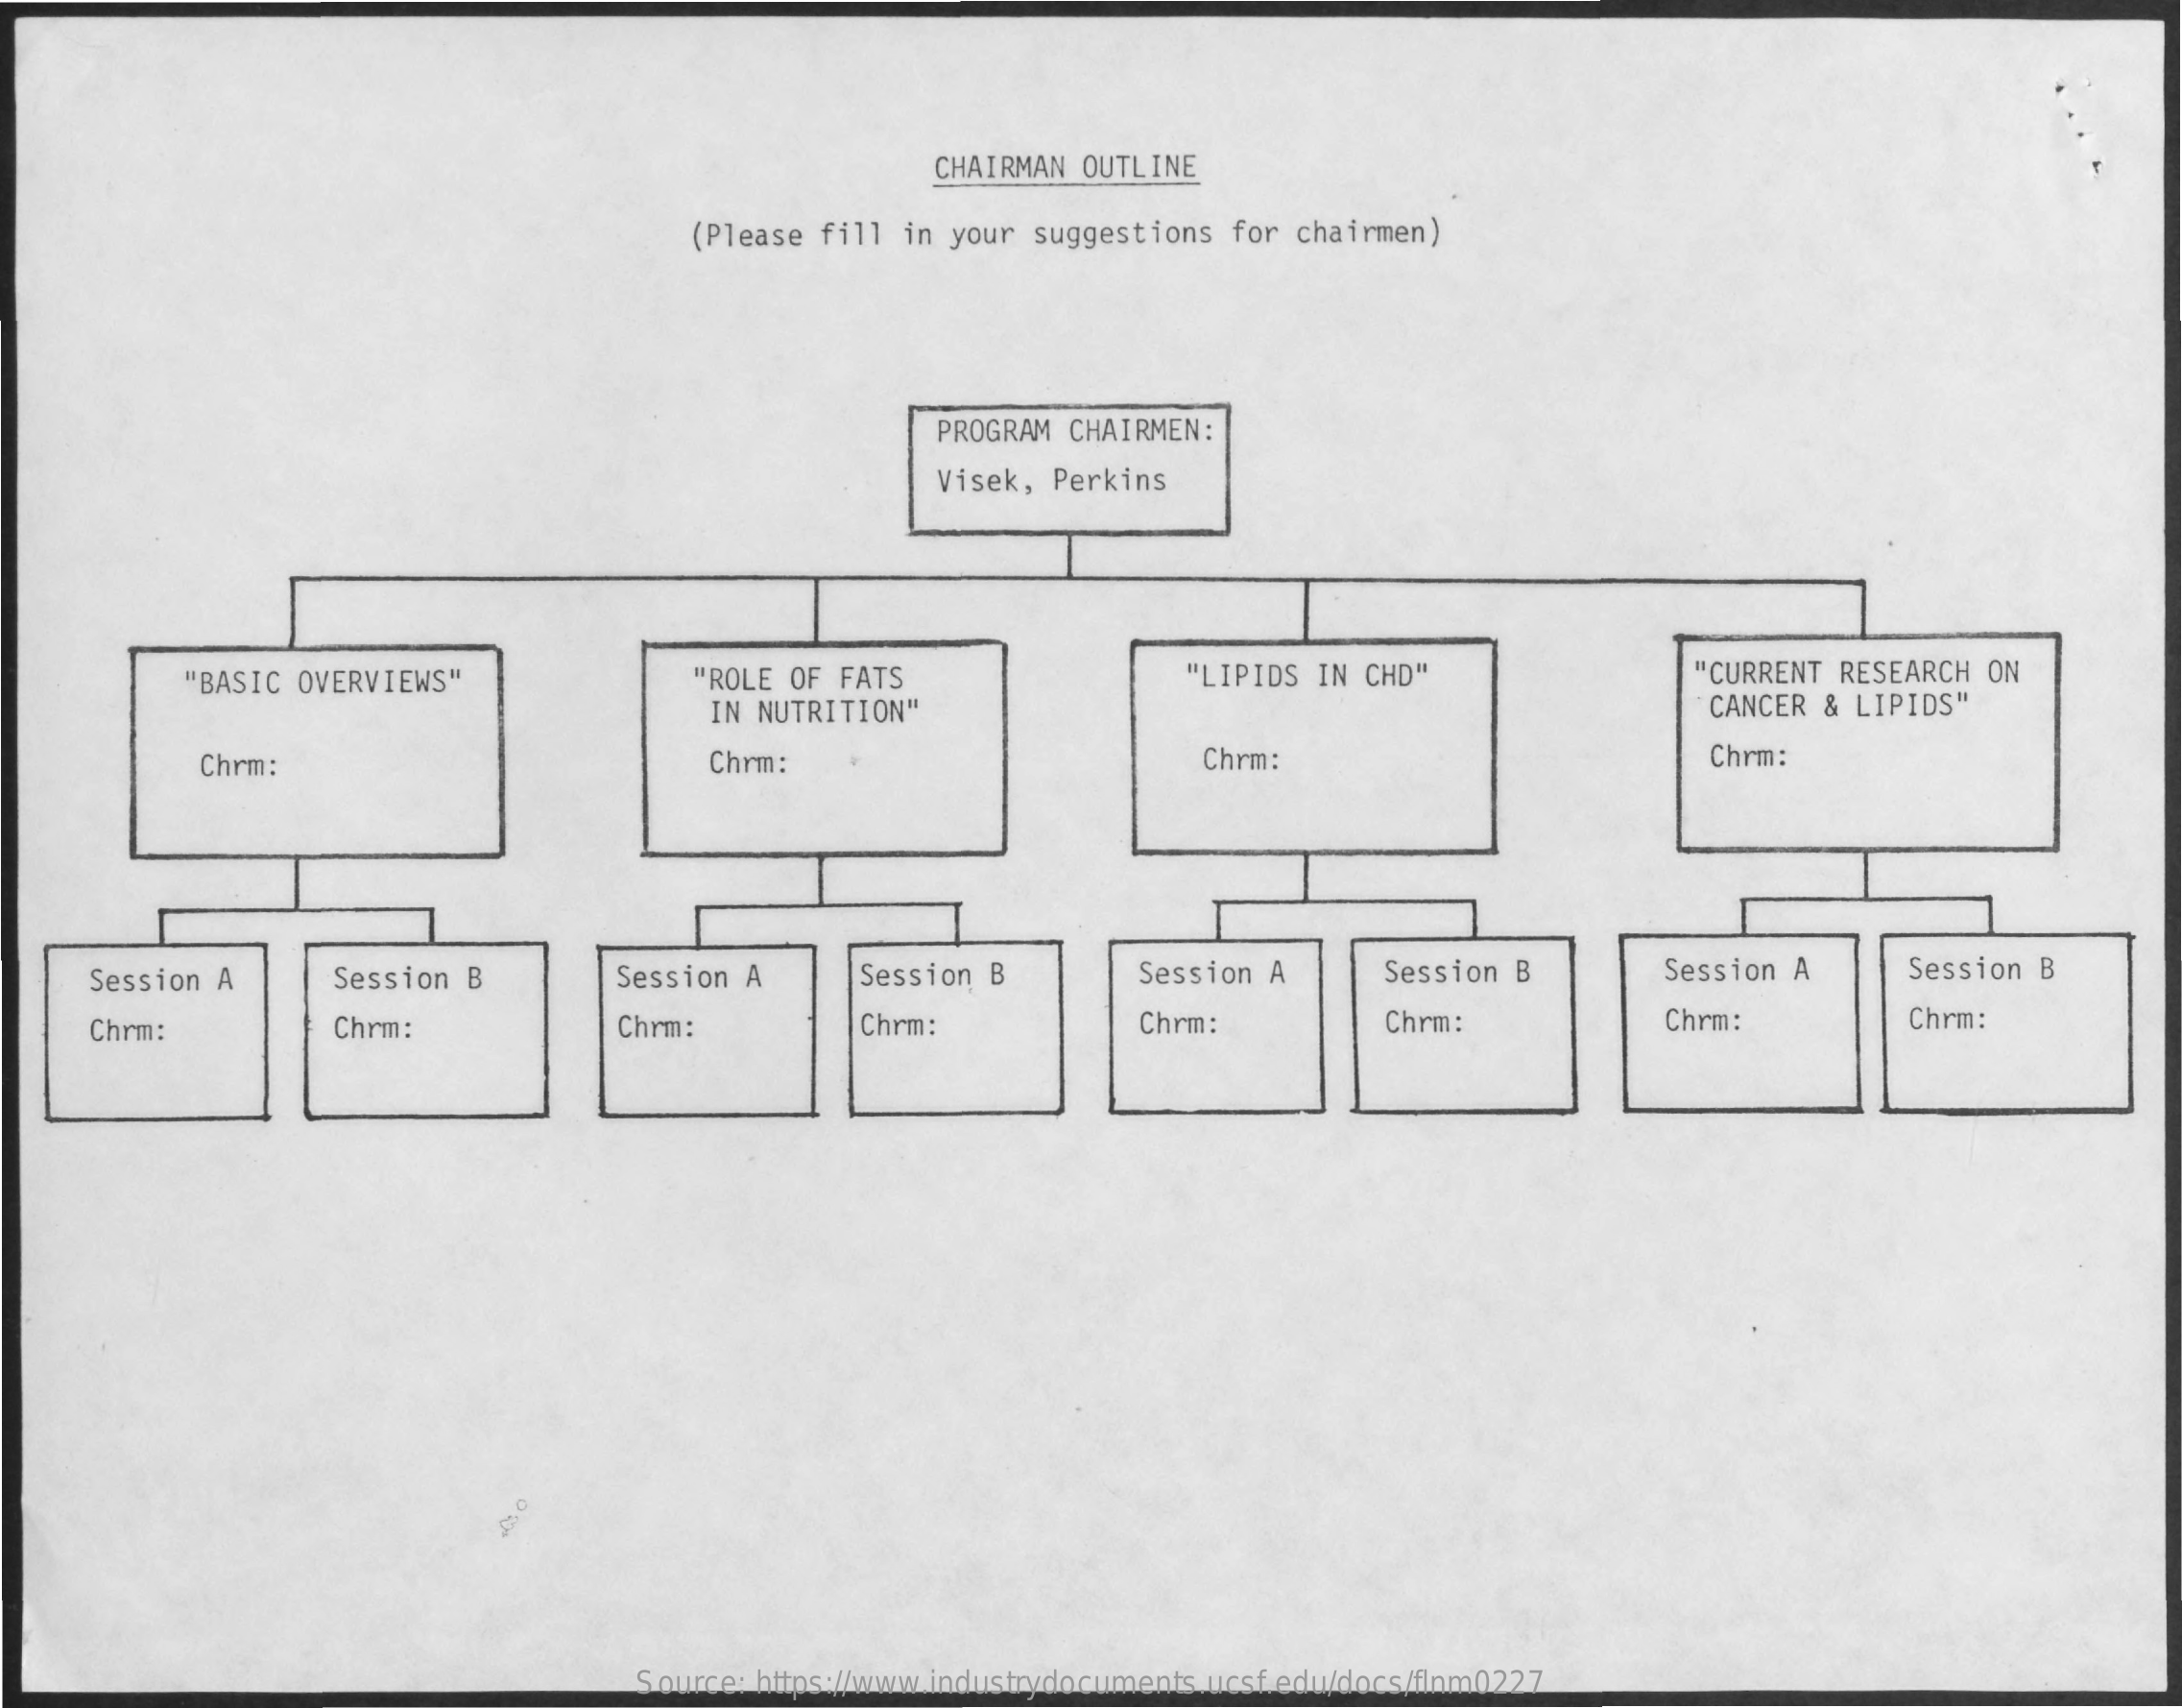
CHAIRMAN OUTLINE
     (Please fill in your suggestions for chairmen)
     PROGRAM CHAIRMEN:
     Visek, Perkins
     "BASIC OVERVIEWS" "ROLE OF FATS "LIPIDS IN CHD"  "CURRENT RESEARCH ON
     IN NUTRITION"    CANCER & LIPIDS"
     Chrm:    Chrm:    Chrm:    Chrm:
   Session A Session B Session A Session B Session A Session B Session A Session B
   Chrm:   Chrm:    Chrm:  Chrm:    Chrm:   Chrm:    Chrm:   Chrm:
     Source: https://www.industrydocuments.ucsf.edu/docs/flnm0227